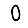
Digit: 0